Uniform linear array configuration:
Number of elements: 12
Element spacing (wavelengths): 0.25
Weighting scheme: hamming
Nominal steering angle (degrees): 45
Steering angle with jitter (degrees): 46.142
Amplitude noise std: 0.05
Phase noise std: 0.05

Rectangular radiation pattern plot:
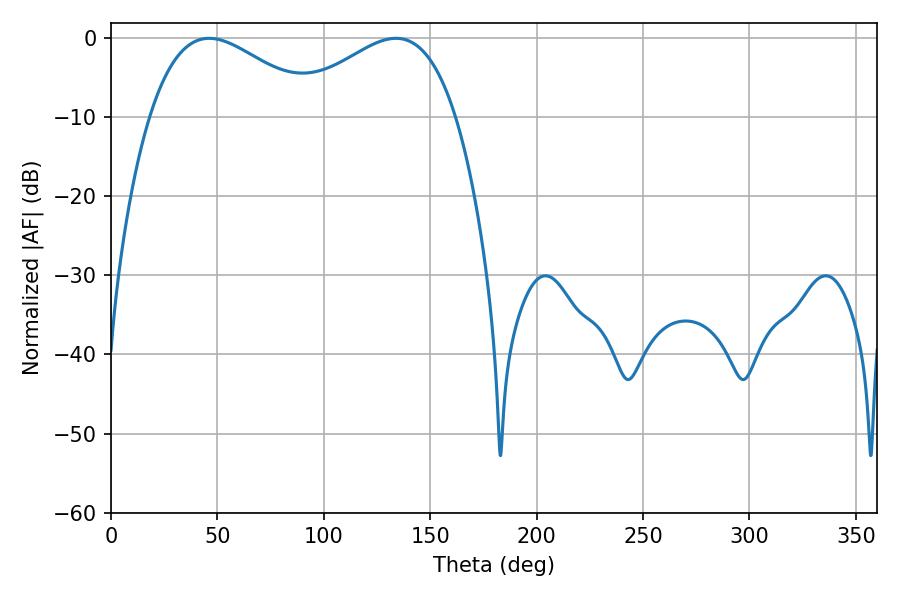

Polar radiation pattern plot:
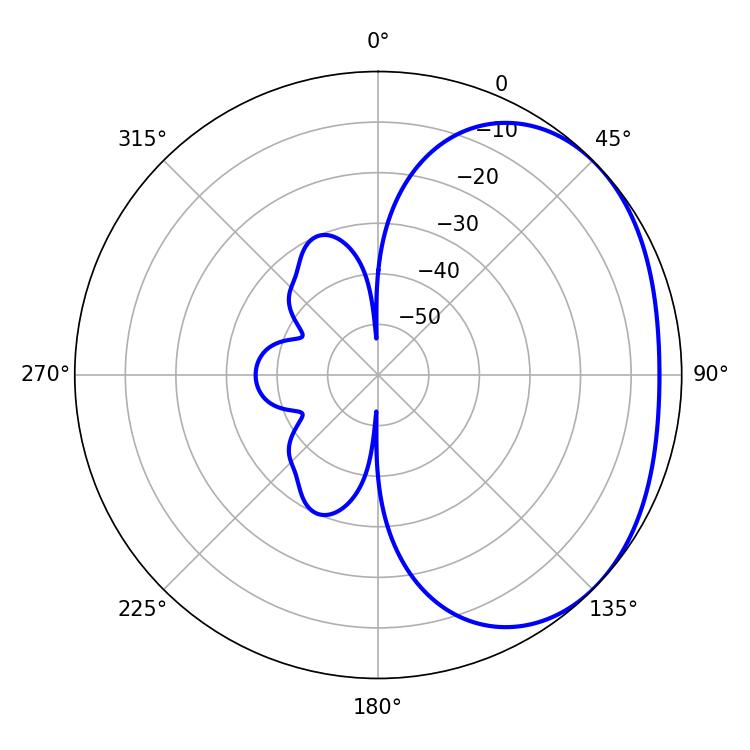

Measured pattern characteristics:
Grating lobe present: FALSE
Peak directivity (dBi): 2.261
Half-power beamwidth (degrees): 42.84
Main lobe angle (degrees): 46.08